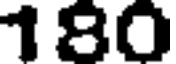
180